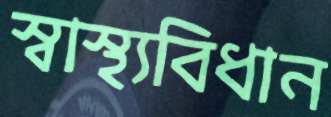
স্বাস্থ্যবিধান